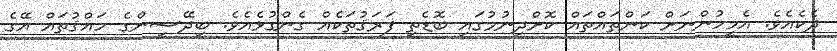
ދެކެއެވެ. އެމީހުންނަށް ކަންތައްތައް ކޮށްދިނުމުގައި ބޮޑެތި ފަރަޤުތަކެއް ގެންގުޅެއެވެ. ބިދޭސީންގެ ހައްޤުތައް އޭގެ